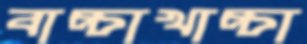
বাচ্চাখাচ্চা